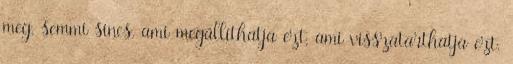
meg, semmi sincs, ami megállíthatja ezt, ami visszatarthatja ezt.